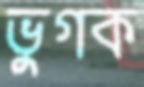
ভুগক